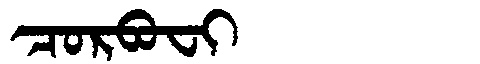
Manchu: ᠴᠣᡵᠪᠣᠸᡳ
Romanization: CORBOFI